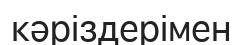
кәріздерімен